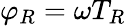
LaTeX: \varphi_{R}=\omega T_{R}